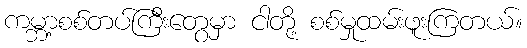
ကမ္ဘာ့စစ်တပ်ကြီးတွေမှာ ငါတို့ စစ်မှုထမ်းဖူးကြတယ်။